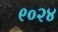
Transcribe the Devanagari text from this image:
९०२४